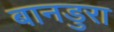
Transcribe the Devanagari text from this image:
बानडुरा